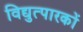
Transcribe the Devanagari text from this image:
विद्युत्पारकों